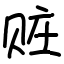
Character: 赃